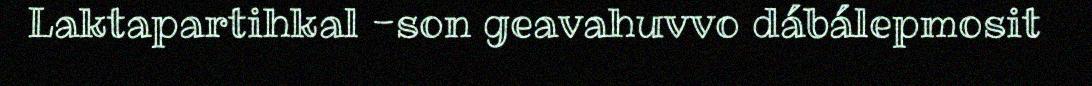
Laktapartihkal -son geavahuvvo dábálepmosit